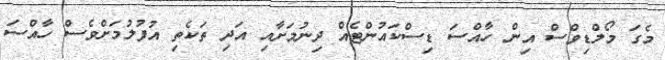
މެގަ މޯލްޑިވްސް އިން ހާއްސަ ޑިސްކައުންޓެއް ދިނުމަށާއި އަދި ތަކެތި އުފުލުމަށްވެސް ހާއްސަ